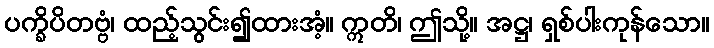
ပက္ခိပိတဗ္ဗံ၊ ထည့်သွင်း၍ထားအံ့။ ဣတိ၊ ဤသို့။ အဋ္ဌ၊ ရှစ်ပါးကုန်သော။